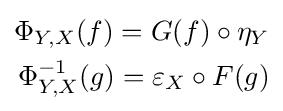
{\begin{aligned}\Phi _{Y,X}(f)=G(f)\circ \eta _{Y}\\\Phi _{Y,X}^{-1}(g)=\varepsilon _{X}\circ F(g)\end{aligned}}